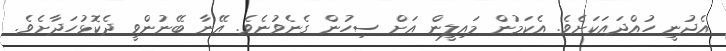
އެދުނީ ހުއްދައަކަށެވެ. އެކަމުން މައިލީން އަށް ސިހުން ގެނެވުނެވެ. އޭނާ ބޭނުންވީ ދެކޮޅުހަދާށެވެ.